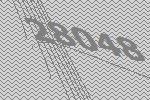
28048